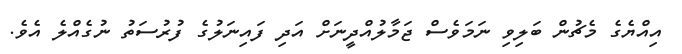
އިއްޔެގެ މެޗުން ބަލިވި ނަމަވެސް ޖަމާލުއްދީނަށް އަދި ފައިނަލުގެ ފުރުސަތު ނުގެއްލެ އެވެ.